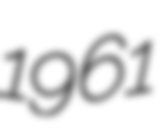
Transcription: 1961